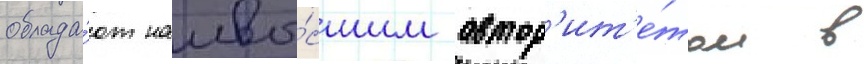
облада́ют наивы́сшим автор'ит'е́том в